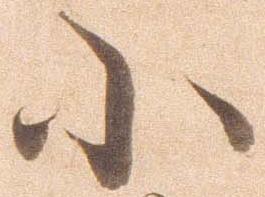
小